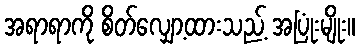
အရာရာကို စိတ်လျှော့ထားသည့် အပြုံးမျိုး။